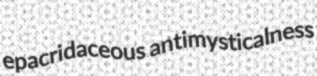
epacridaceous antimysticalness